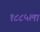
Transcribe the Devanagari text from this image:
१८८५ला